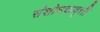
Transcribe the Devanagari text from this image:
संशोधकवृत्ती